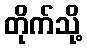
တိုက်သို့